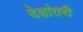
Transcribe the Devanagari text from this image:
देशांतरी